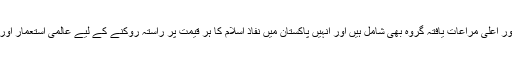
اس طبقہ میں سول اور ملٹری بیوروکریسی کے ساتھ جاگیردار اور اعلیٰ مراعات یافتہ گروہ بھی شامل ہیں اور انہیں پاکستان میں نفاذ اسلام کا ہر قیمت پر راستہ روکنے کے لیے عالمی استعمار اور ورلڈ اسٹیبلشمنٹ کی بھرپور حمایت اور پشت پناہی حاصل ہے۔